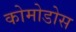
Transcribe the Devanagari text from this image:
कोमोडोस